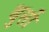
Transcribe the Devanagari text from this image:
थुर्सो